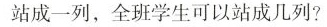
站成一列，全班学生可以站成几列?